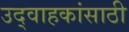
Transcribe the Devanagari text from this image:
उद्वाहकांसाठी